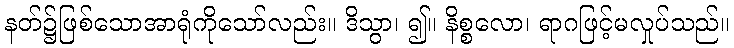
နတ်၌ဖြစ်သောအာရုံကိုသော်လည်း။ ဒိသွာ၊ ၍။ နိစ္စလော၊ ရာဂဖြင့်မလှုပ်သည်။